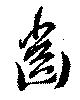
歯